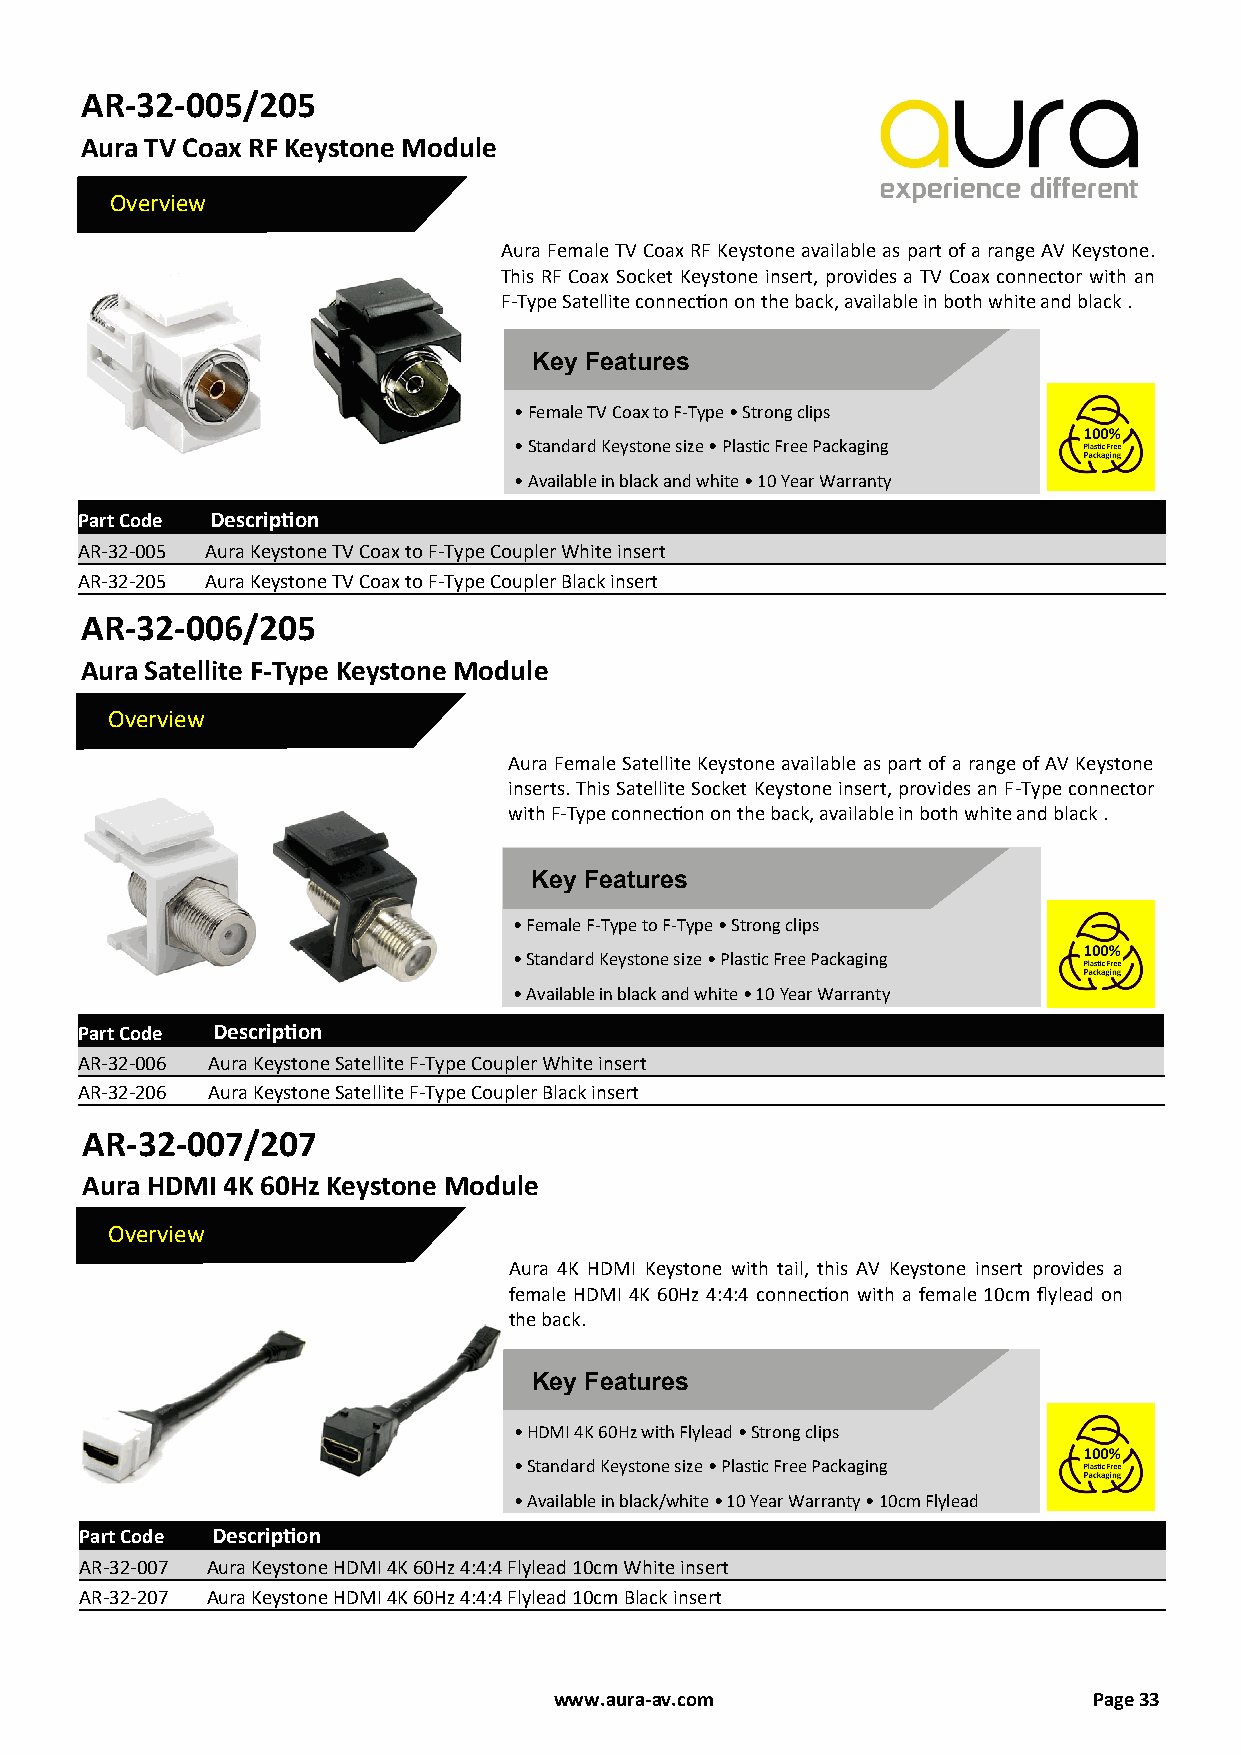
AR-32-005/205
 Aura TV Coax RF Keystone Module
 Overview
 Aura Female TV Coax RF Keystone available as part of a range AV Keystone.
 This RF Coax Socket Keystone insert, provides a TV Coax connector with an
 F-Type Satellite connection on the back, available in both white and black .
 Key Features
 • Female TV Coax to F-Type • Strong clips
 • Standard Keystone size • Plastic Free Packaging
 • Available in black and white • 10 Year Warranty
 Part Code Description
 AR-32-005 Aura Keystone TV Coax to F-Type Coupler White insert
 AR-32-205 Aura Keystone TV Coax to F-Type Coupler Black insert
 AR-32-006/205
 Aura Satellite F-Type Keystone Module
 Overview
 Aura Female Satellite Keystone available as part of a range of AV Keystone
 inserts. This Satellite Socket Keystone insert, provides an F-Type connector
 with F-Type connection on the back, available in both white and black .
 Key Features
 • Female F-Type to F-Type • Strong clips
 • Standard Keystone size • Plastic Free Packaging
 • Available in black and white • 10 Year Warranty
 Part Code Description
 AR-32-006 Aura Keystone Satellite F-Type Coupler White insert
 AR-32-206 Aura Keystone Satellite F-Type Coupler Black insert
 AR-32-007/207
 Aura HDMI 4K 60Hz Keystone Module
 Overview
 Aura 4K HDMI Keystone with tail, this AV Keystone insert provides a
 female HDMI 4K 60Hz 4:4:4 connection with a female 10cm flylead on
 the back.
 Key Features
 • HDMI 4K 60Hz with Flylead • Strong clips
 • Standard Keystone size • Plastic Free Packaging
 • Available in black/white • 10 Year Warranty • 10cm Flylead
 Part Code Description
 AR-32-007 Aura Keystone HDMI 4K 60Hz 4:4:4 Flylead 10cm White insert
 AR-32-207 Aura Keystone HDMI 4K 60Hz 4:4:4 Flylead 10cm Black insert
 www.aura-av.com                    Page 33